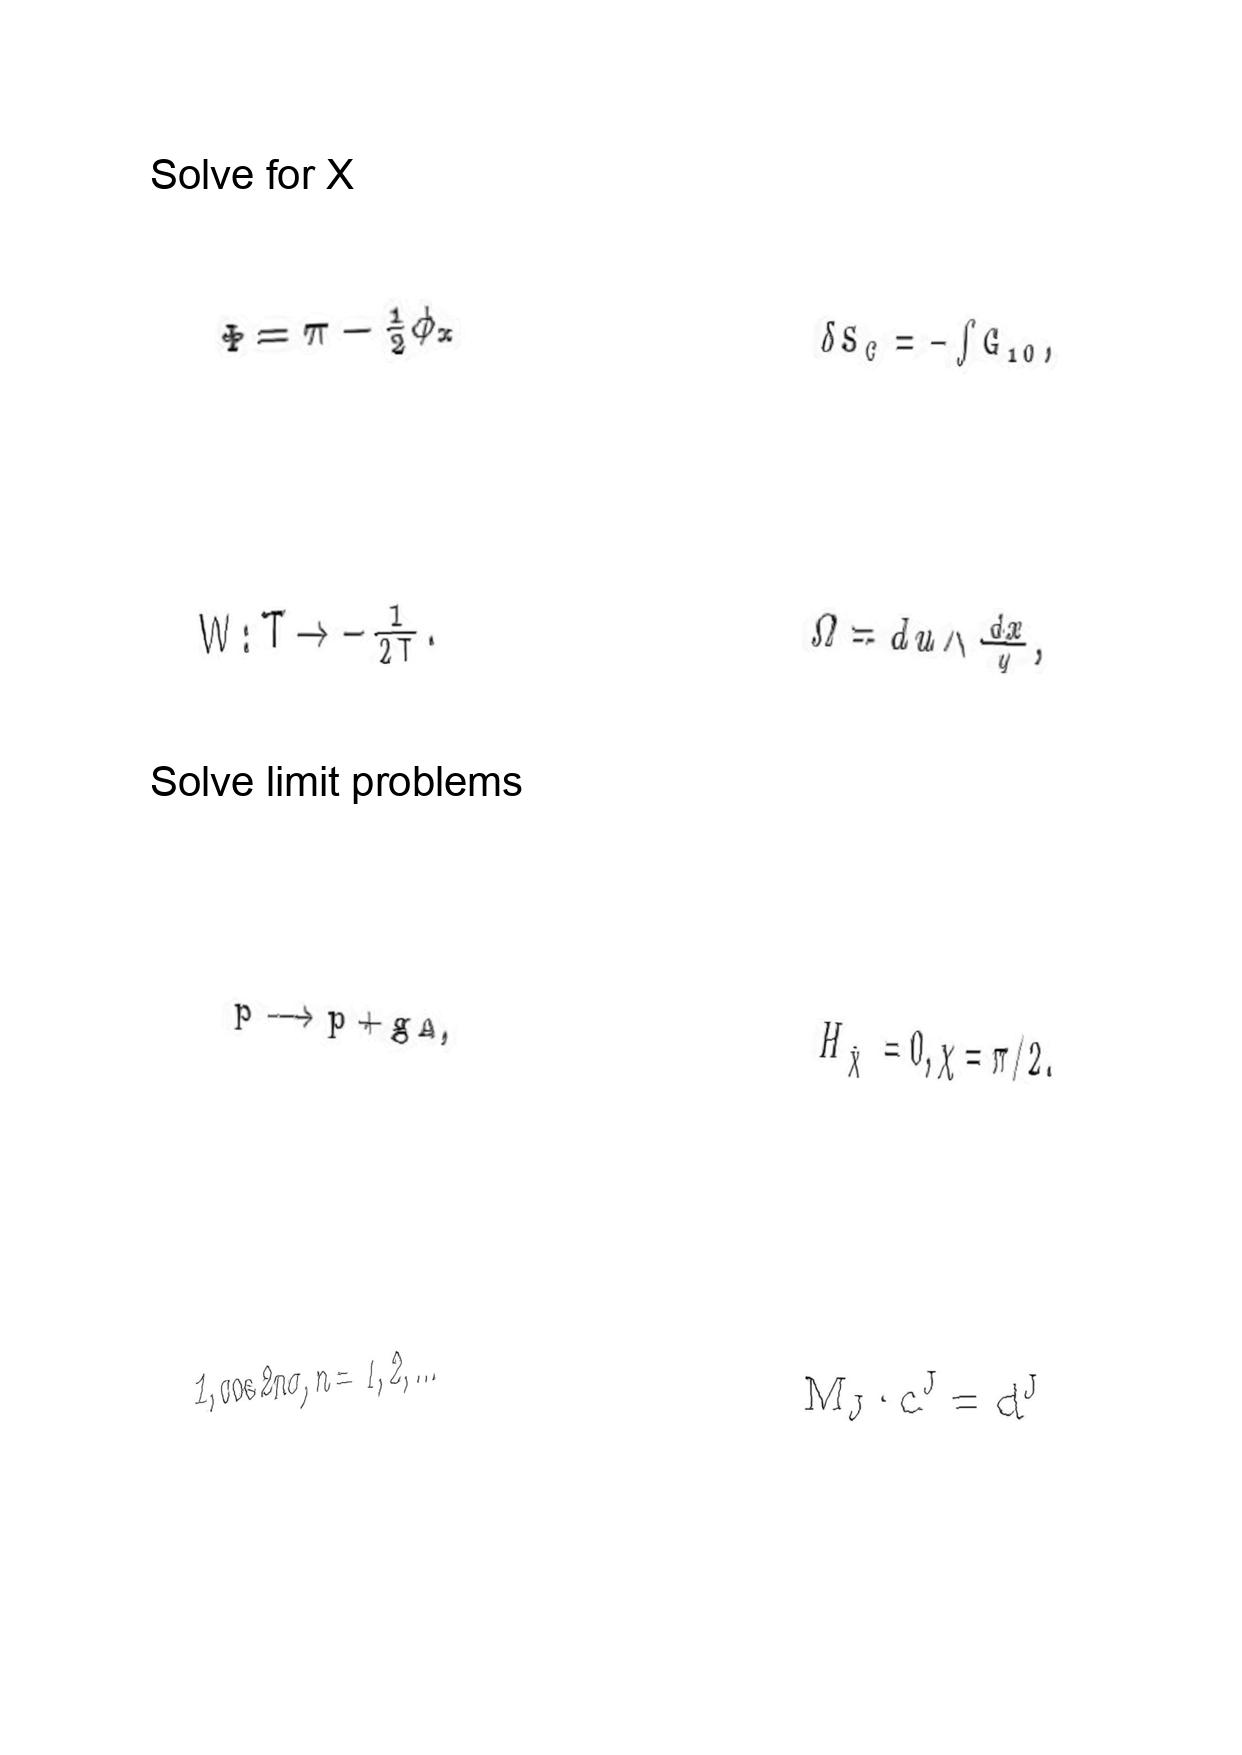
LaTeX transcription:
\Phi = \pi - \frac { 1 } { 2 } \phi _ { x }
W : T \rightarrow - \frac { 1 } { 2 T } .
p \longrightarrow p + g A ,
1 , \cos 2 n \sigma , n = 1 , 2 , . . .
\delta S _ { C } = - \int G _ { 1 0 } ,
\Omega = d u \wedge \frac { d x } { y } ,
H _ { \hat { \chi } } = 0 , \chi = \pi / 2 .
M _ { J } \cdot c ^ { J } = d ^ { J }